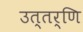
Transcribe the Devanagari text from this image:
उत्तर्णि